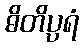
ဓိတိပ္ပရံ